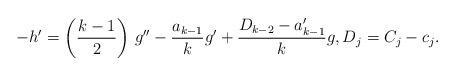
LaTeX: \begin{align*} - h' = \left( \frac{k-1}2 \right) \, g'' - \frac{a_{k-1}}k g' + \frac{D_{k-2}-a_{k-1}'}k g, D_j = C_j - c_j .\end{align*}